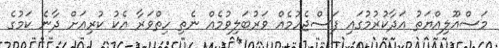
މަސްއޫލިއްޔަތު އަދާކުރުމުގައި ފަސްޖެހުމެއް ވަރުބަލިވުމެއް ނެތި ހިތްވަރާ އެކު ކުރިއަށް ދާނެ ކަމުގެ